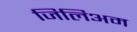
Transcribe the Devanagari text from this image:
जिलिअम